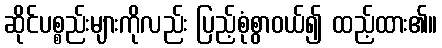
ဆိုင်ပစ္စည်းများကိုလည်း ပြည့်စုံစွာဝယ်၍ ထည့်ထား၏။